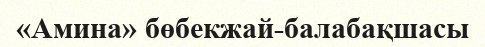
«Амина» бөбекжай-балабақшасы